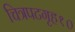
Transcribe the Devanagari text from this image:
चित्रपटगृह१०